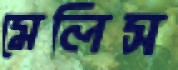
মেলিস